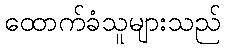
ထောက်ခံသူများသည်